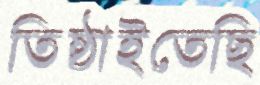
তিষ্ঠাইতেছি